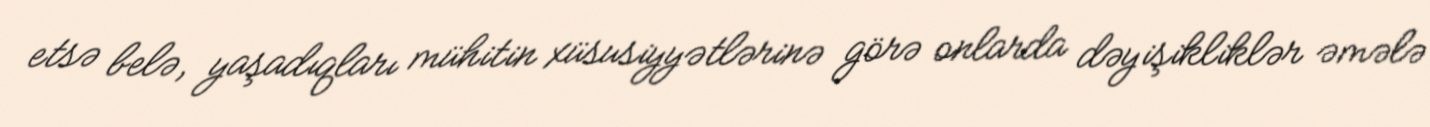
etsə belə, yaşadıqları mühitin xüsusiyyətlərinə görə onlarda dəyişikliklər əmələ